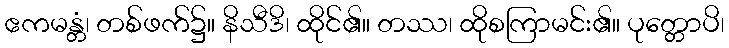
ဧကမန္တံ၊ တစ်ဖက်၌။ နိသီဒိ၊ ထိုင်၏။ တဿ၊ ထိုစကြာမင်း၏။ ပုတ္တောပိ၊